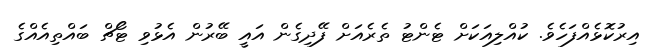
އިރުކޮޅެއްފަހެވެ. ކުއްލިއަކަށް ޓެންޓު ތެރެއަށް ފޭދިގެން އައީ ބޭރުން އެޅުވި ޓޯޗް ބައްތިއެއްގެ